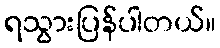
ရသွားပြန်ပါတယ်။